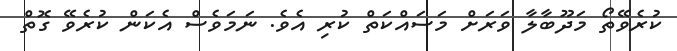
ކުރެވޭތޯ މަދޫބާލާ ވަރަށް މަސައްކަތް ކުރި އެވެ. ނަމަވެސް އެކަން ކުރެވޭ ގޮތް